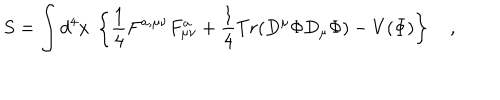
S = \int d ^ { 4 } x \ \left\{ \frac { 1 } { 4 } F ^ { a , \mu \nu } F _ { \mu \nu } ^ { a } + \frac { 1 } { 4 } T r ( D ^ { \mu } \Phi D _ { \mu } \Phi ) - V ( \Phi ) \right\} \quad ,